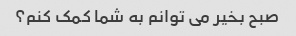
صبح بخیر می توانم به شما کمک کنم؟